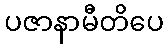
ပဇာနာမီတိပေ